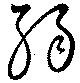
弱